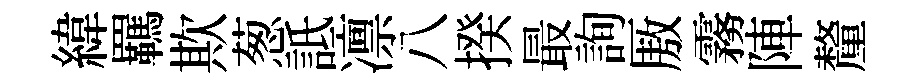
緯羈欺葱詆凛八揆最詢厫霧陣釐